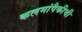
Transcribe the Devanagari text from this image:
कलमांपैकीची